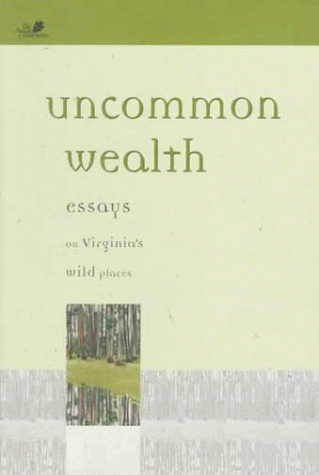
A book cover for Uncommon Wealth: Essays on Virginia's Wild Places; Nature Conservancy; Travel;